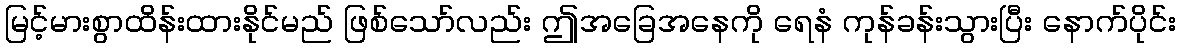
မြင့်မားစွာထိန်းထားနိုင်မည် ဖြစ်သော်လည်း ဤအခြေအနေကို ရေနံ ကုန်ခန်းသွားပြီး နောက်ပိုင်း